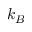
k _ { B }